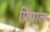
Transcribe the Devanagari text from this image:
प्रियाल